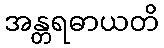
အန္တရဓာယတိ